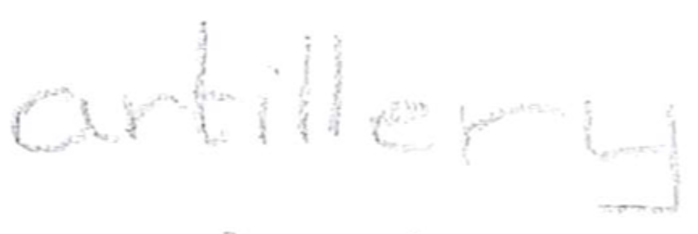
Text: artillery
Cross-out: clean
Writing tool: pencil